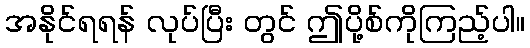
အနိုင်ရရန် လုပ်ပြီး တွင် ဤပို့စ်ကိုကြည့်ပါ။